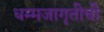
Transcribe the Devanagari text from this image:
धम्मजागृतीची